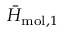
{ \bar { H } } _ { \mathrm { m o l } , 1 }